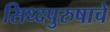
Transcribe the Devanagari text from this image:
सिध्दपुरुषाचे